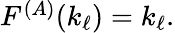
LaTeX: \begin{array}{r}{F^{(A)}(k_{\ell})=k_{\ell}.}\end{array}